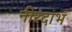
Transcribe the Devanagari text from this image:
नीरदाभं